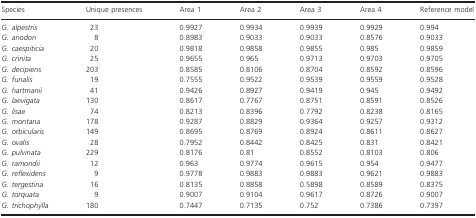
<table><thead><tr><td><b>Species</b></td><td><b>Unique presences</b></td><td><b>Area 1</b></td><td><b>Area 2</b></td><td><b>Area 3</b></td><td><b>Area 4</b></td><td><b>Reference model</b></td></tr></thead><tbody><tr><td><i>G. alpestris</i></td><td>23</td><td>0.9927</td><td>0.9934</td><td>0.9939</td><td>0.9929</td><td>0.994</td></tr><tr><td><i>G. anodon</i></td><td>8</td><td>0.8983</td><td>0.9033</td><td>0.9033</td><td>0.8576</td><td>0.9033</td></tr><tr><td><i>G. caespiticia</i></td><td>20</td><td>0.9818</td><td>0.9858</td><td>0.9855</td><td>0.985</td><td>0.9859</td></tr><tr><td><i>G. crinita</i></td><td>25</td><td>0.9655</td><td>0.965</td><td>0.9713</td><td>0.9703</td><td>0.9705</td></tr><tr><td><i>G. decipiens</i></td><td>203</td><td>0.8585</td><td>0.8106</td><td>0.8704</td><td>0.8592</td><td>0.8596</td></tr><tr><td><i>G. funalis</i></td><td>19</td><td>0.7555</td><td>0.9522</td><td>0.9539</td><td>0.9559</td><td>0.9528</td></tr><tr><td><i>G. hartmanii</i></td><td>41</td><td>0.9426</td><td>0.8927</td><td>0.9419</td><td>0.945</td><td>0.9492</td></tr><tr><td><i>G. laevigata</i></td><td>130</td><td>0.8617</td><td>0.7767</td><td>0.8751</td><td>0.8591</td><td>0.8526</td></tr><tr><td><i>G. lisae</i></td><td>74</td><td>0.8213</td><td>0.8396</td><td>0.7792</td><td>0.8238</td><td>0.8165</td></tr><tr><td><i>G. montana</i></td><td>178</td><td>0.9287</td><td>0.8829</td><td>0.9364</td><td>0.9257</td><td>0.9312</td></tr><tr><td><i>G. orbicularis</i></td><td>149</td><td>0.8695</td><td>0.8769</td><td>0.8924</td><td>0.8611</td><td>0.8627</td></tr><tr><td><i>G. ovalis</i></td><td>28</td><td>0.7952</td><td>0.8442</td><td>0.8425</td><td>0.831</td><td>0.8421</td></tr><tr><td><i>G. pulvinata</i></td><td>229</td><td>0.8176</td><td>0.81</td><td>0.8552</td><td>0.8103</td><td>0.806</td></tr><tr><td><i>G. ramondii</i></td><td>12</td><td>0.963</td><td>0.9774</td><td>0.9615</td><td>0.954</td><td>0.9477</td></tr><tr><td><i>G. reflexidens</i></td><td>9</td><td>0.9778</td><td>0.9883</td><td>0.9883</td><td>0.9621</td><td>0.9883</td></tr><tr><td><i>G. tergestina</i></td><td>16</td><td>0.8135</td><td>0.8858</td><td>0.5898</td><td>0.8589</td><td>0.8375</td></tr><tr><td><i>G. torquata</i></td><td>9</td><td>0.9007</td><td>0.9104</td><td>0.9617</td><td>0.8726</td><td>0.9007</td></tr><tr><td><i>G. trichophylla</i></td><td>180</td><td>0.7447</td><td>0.7135</td><td>0.752</td><td>0.7386</td><td>0.7397</td></tr></tbody></table>